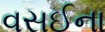
વસઈના